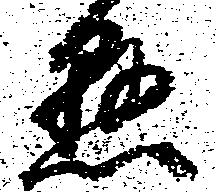
懸